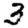
Digit: 3